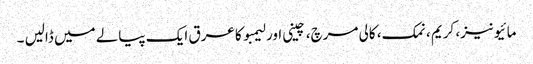
مائیونیز، کریم ، نمک، کالی مرچ، چینی اور لیمبو کا عرق ایک پیالے میں ڈالیں ۔